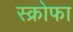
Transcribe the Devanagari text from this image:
स्क्रोफा